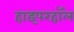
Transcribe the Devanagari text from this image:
हाइपरहॉल